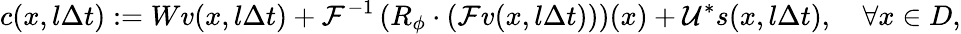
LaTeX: c(x,l\Delta t):=W{v}({x},l\Delta t)+\mathcal{F}^{-1}\left(R_{\phi}\cdot\left(\mathcal{F}{v}({x},l\Delta t)\right)\right)(x)+\mathcal{U^{*}}s(x,l\Delta t),\quad\forall x\in D,